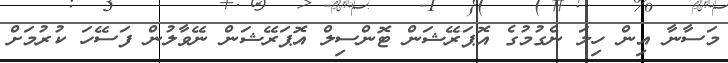
މަސާނާ އިން ހިލަ ނެގުމުގެ އޮޕަރޭޝަން ޓޮންސިލް އޮޕަރޭޝަން ނޭވާލުން ފަސޭހަ ކުރުމަށް